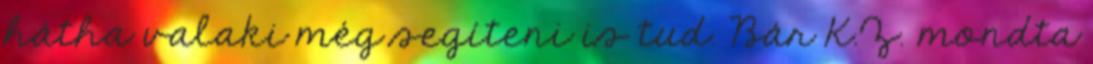
hátha valaki még segíteni is tud. Bár K.Z. mondta